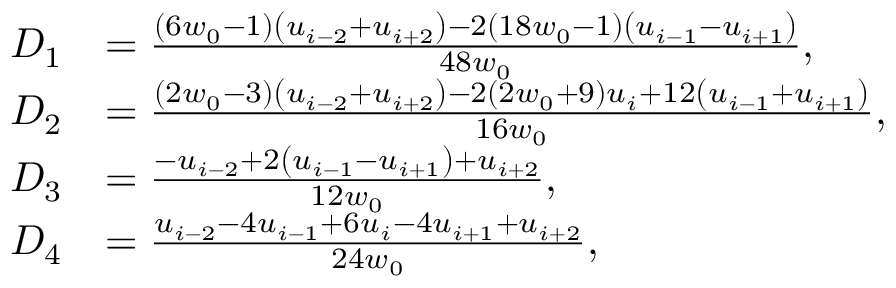
\begin{array} { r l } { D _ { 1 } } & { = \frac { \left( 6 w _ { 0 } - 1 \right) \left( u _ { i - 2 } + u _ { i + 2 } \right) - 2 \left( 1 8 w _ { 0 } - 1 \right) \left( u _ { i - 1 } - u _ { i + 1 } \right) } { 4 8 w _ { 0 } } , } \\ { D _ { 2 } } & { = \frac { \left( 2 w _ { 0 } - 3 \right) \left( u _ { i - 2 } + u _ { i + 2 } \right) - 2 \left( 2 w _ { 0 } + 9 \right) u _ { i } + 1 2 \left( u _ { i - 1 } + u _ { i + 1 } \right) } { 1 6 w _ { 0 } } , } \\ { D _ { 3 } } & { = \frac { - u _ { i - 2 } + 2 \left( u _ { i - 1 } - u _ { i + 1 } \right) + u _ { i + 2 } } { 1 2 w _ { 0 } } , } \\ { D _ { 4 } } & { = \frac { u _ { i - 2 } - 4 u _ { i - 1 } + 6 u _ { i } - 4 u _ { i + 1 } + u _ { i + 2 } } { 2 4 w _ { 0 } } , } \end{array}